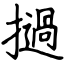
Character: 撾